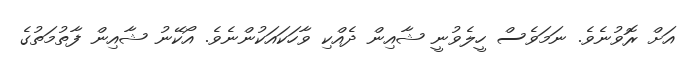
އަށް ރޮވުނެވެ. ނަމަވެސް ހީލެވުނީ ޝާއިން ދެއްކި ވާހަަކައަކުންނެވެ. އޯކޭނު ޝާއިން ފާތުމަތުގެ